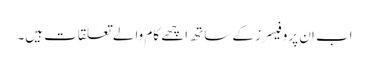
اب ان پروفیسرز کے ساتھ اچھے کام والے تعلقات ہیں۔